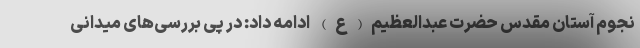
نجوم آستان مقدس حضرت عبدالعظیم(ع) ادامه داد: در پی بررسی‌های میدانی